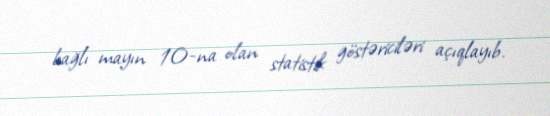
bağlı mayın 10-na olan statistik göstəriciləri açıqlayıb.